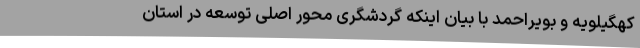
کهگیلویه و بویراحمد با بیان اینکه گردشگری محور اصلی توسعه در استان